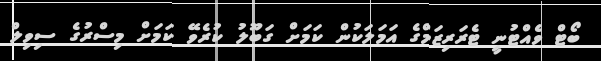
ބޯޓް ވެއްޓުނީ ޓެރަރިޒަމްގެ އަމަލަކުން ކަމަށް ގަބޫލު ކުރެވޭ ކަމަށް މިސްރުގެ ސިވިލް